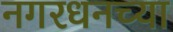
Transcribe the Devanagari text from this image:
नगरधनच्या